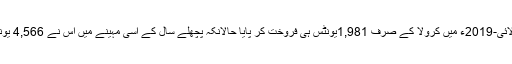
ٹویوٹا انڈس جولائی-2019ء میں کرولا کے صرف 1,981یونٹس ہی فروخت کر پایا حالانکہ پچھلے سال کے اسی مہینے میں اس نے 4,566 یونٹس بیچے تھے۔